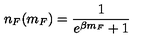
n _ { F } ( m _ { F } ) = { \frac { 1 } { e ^ { \beta m _ { F } } + 1 } }